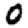
Digit: 0